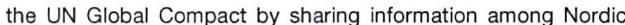
the UN Global Compact by sharing information among Nordic